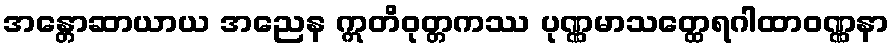
အန္တောဆာယာယ အညေန ဣတိဝုတ္တကဿ ပုဏ္ဏမာသတ္ထေရဂါထာဝဏ္ဏနာ